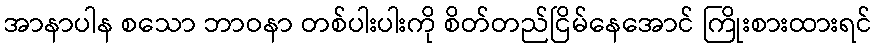
အာနာပါန စသော ဘာဝနာ တစ်ပါးပါးကို စိတ်တည်ငြိမ်နေအောင် ကြိုးစားထားရင်